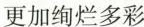
更加绚烂多彩